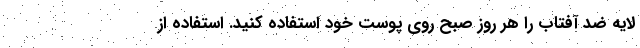
لایه ضد آفتاب را هر روز صبح روی پوست خود استفاده کنید. استفاده از